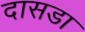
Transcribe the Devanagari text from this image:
दासडा